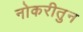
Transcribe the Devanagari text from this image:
नोकरीतुन